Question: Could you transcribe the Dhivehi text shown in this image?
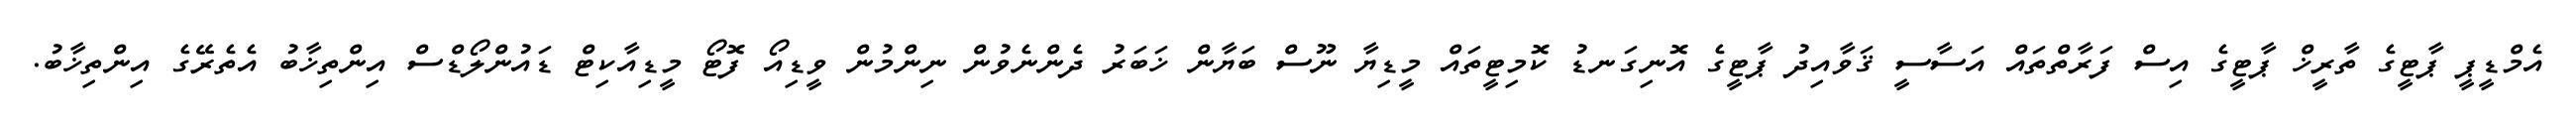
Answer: އެމްޑީޕީ ޕާޓީގެ ތާރީޚް ޕާޓީގެ އިސް ފަރާތްތައް އަސާސީ ޤަވާއިދު ޕާޓީގެ އޮނިގަނޑު ކޮމިޓީތައް މީޑިޔާ ނޫސް ބަޔާން ޚަބަރު ދެންނެވުން ނިންމުން ވީޑިއޯ ފޮޓޯ މީޑިއާކިޓް ޑައުންލޯޑްސް އިންތިޚާބު އެތެރޭގެ އިންތިޚާބު.